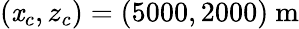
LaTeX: (\mathit{x}_{c},z_{c})=(5000,2000)~\mathrm{{m}}